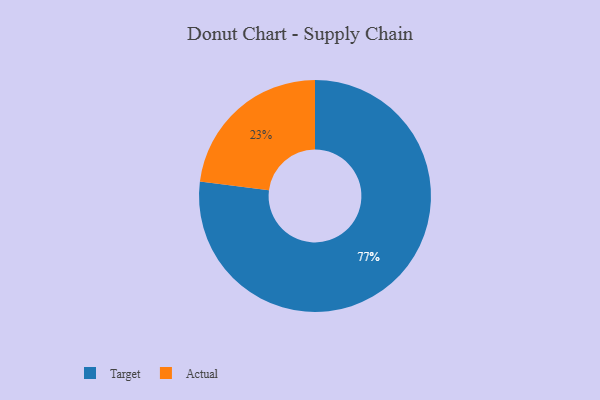
{"axis": {"x": "Category", "y": "Percentage"}, "legend": ["Actual", "Target"], "data": [{"x": "Actual", "y": 23, "type": "Actual"}, {"x": "Target", "y": 77, "type": "Target"}]}